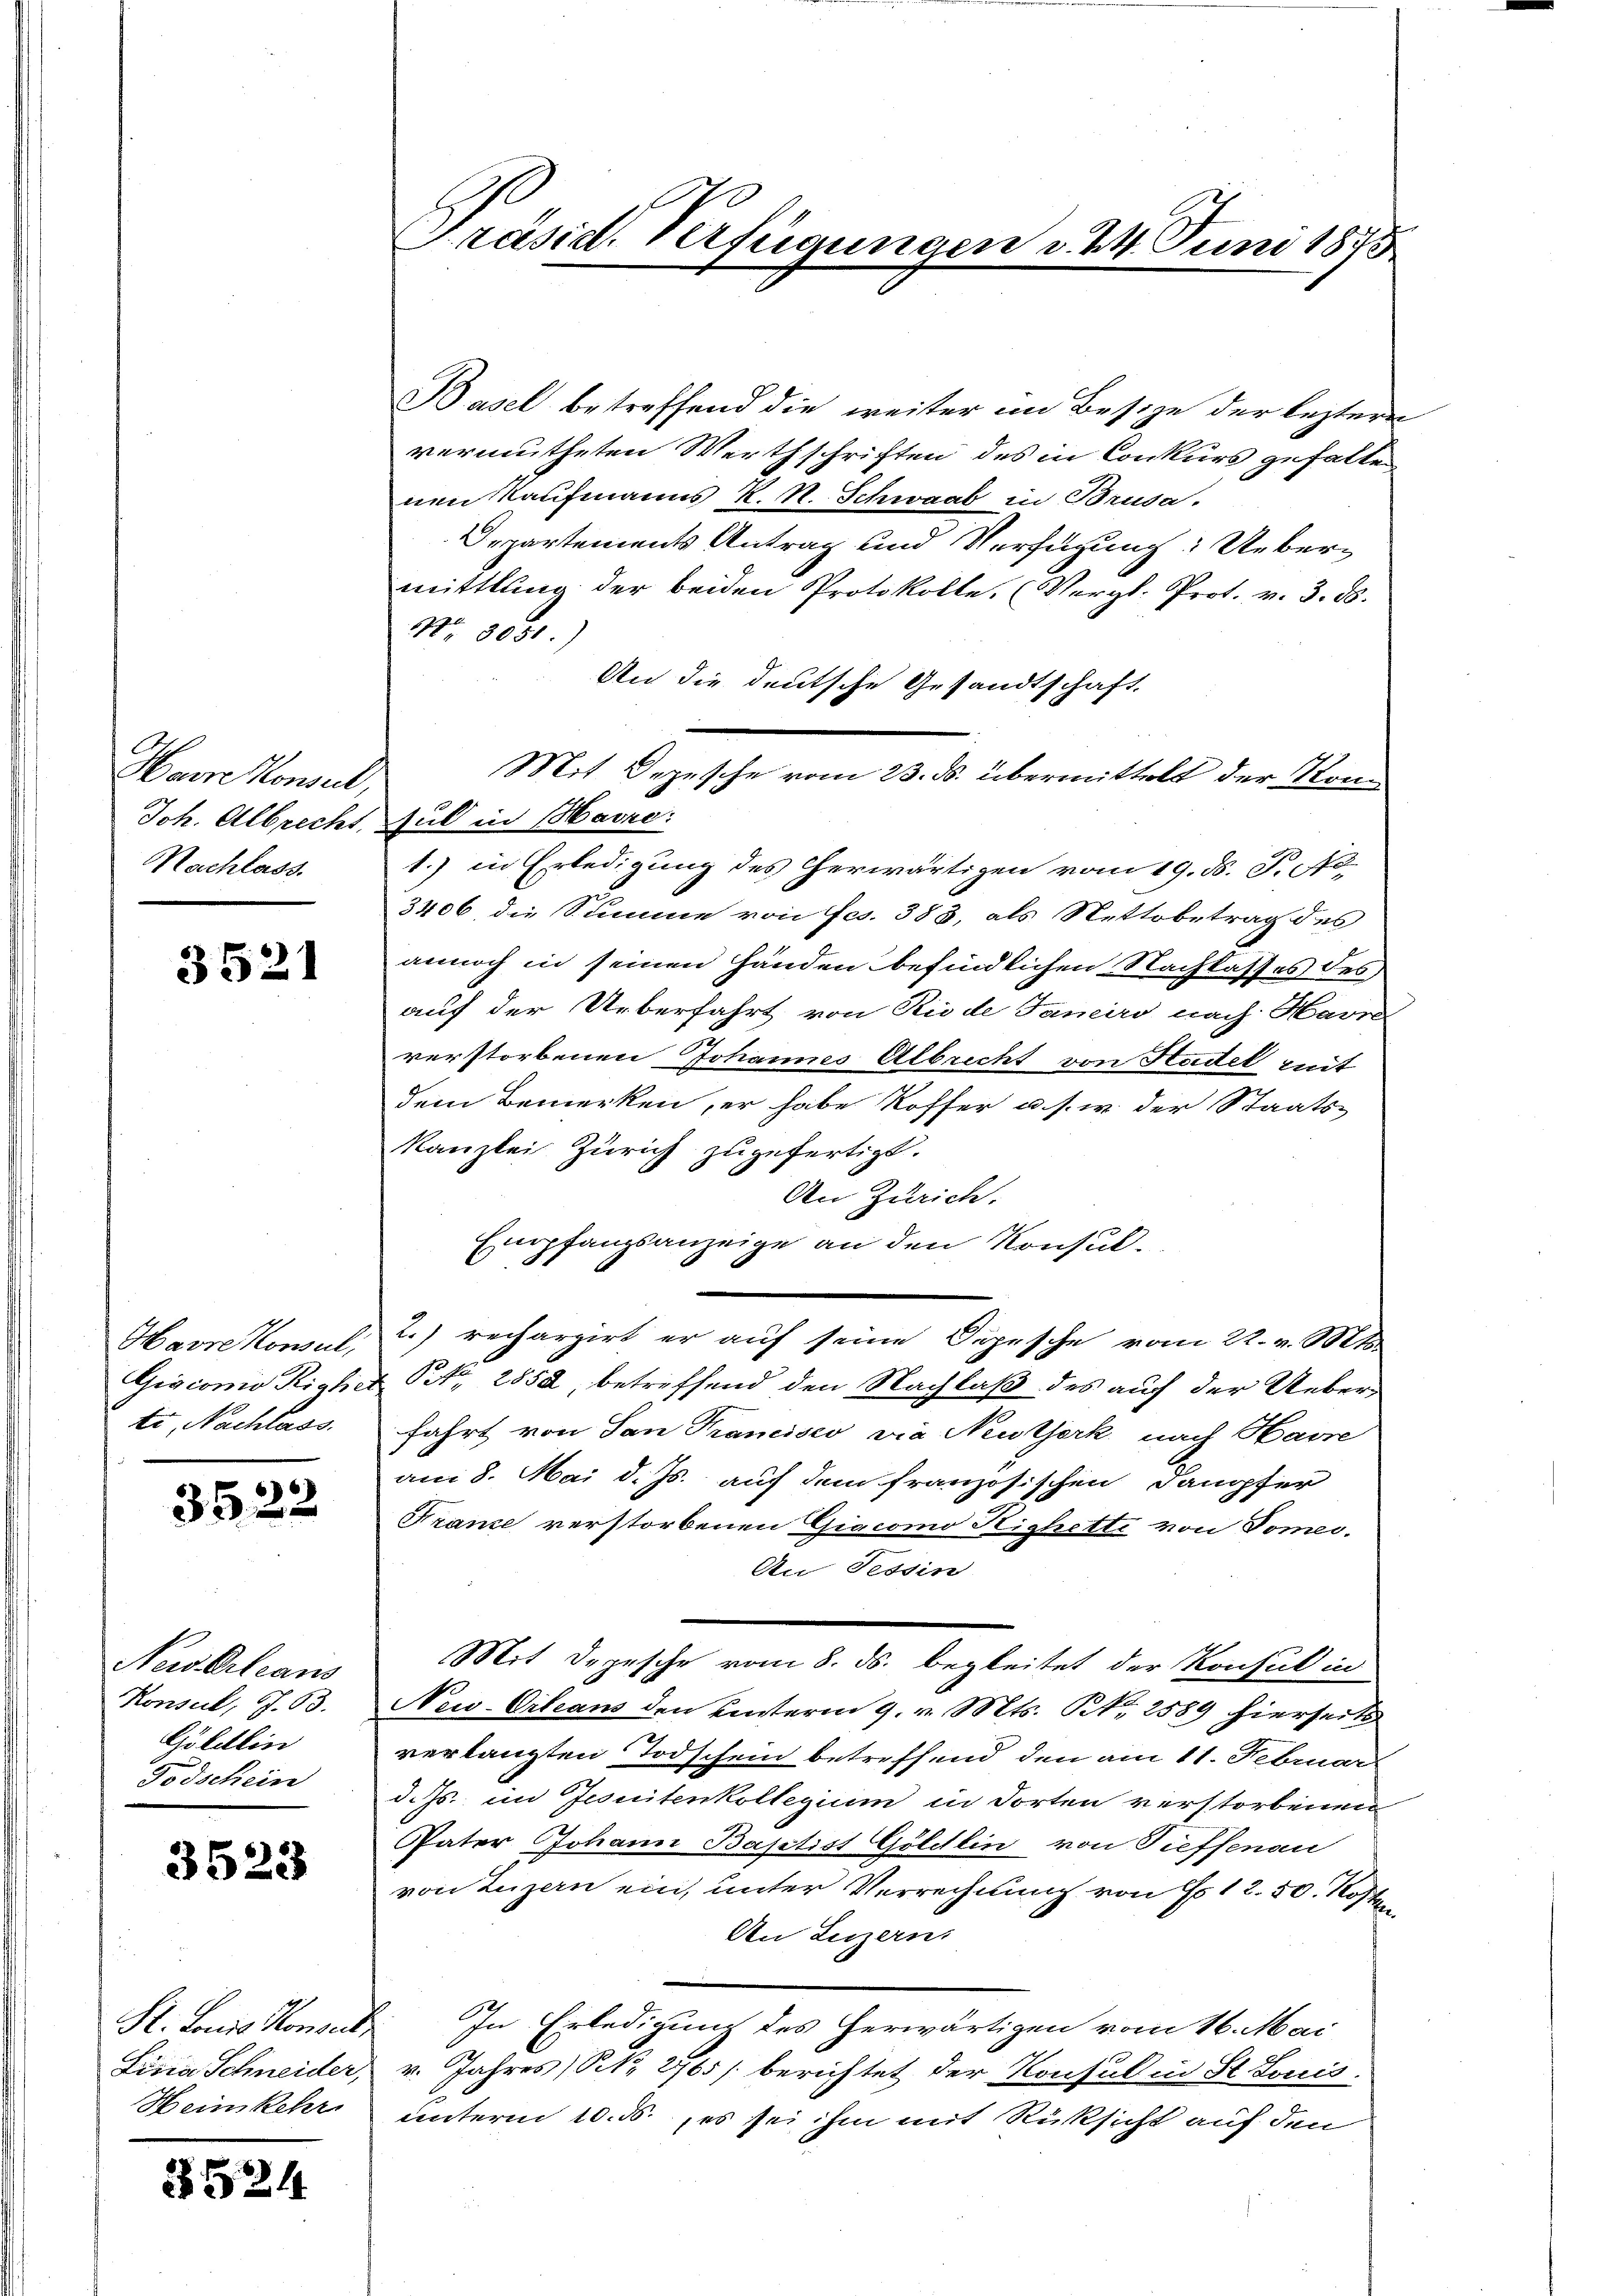
Hain Konsul,
Nachlass.

3521

Havre Konseil,
tr, Nachlass.

3522

NewsOrleans
Konseil, S. 63.
Göldlin
Todschein

3523

Heimkehr

3524

Basel betreffend die weiter im Besize der leztere
vermutheten Werthschriften des in Conkurs gefallen,
nen Kaufmanns K. N. Schwaab in Brusa.
Departements Antrag und Verfügung: Uebermittlung der beiden Protokolle, (Vergl. Prot. v. 3. 58.
Nr. 208.
An die deutsche Gesandtschaft.
Mit Depesche vom 23. ds. übermittelt der Kom
Joh. Albrecht, sul in Havre:
1.) in Erledigung des herwärtigen vom 19. ds. N. 170
3406, die Summe von Fcs. 383, als Nettobetrag des
annoch in seinen Händen befindlichen Nachlasses des
auf der Ueberfahrt von Riede Janeiro nach Harra
verstorbenen Johannes Albrecht von Stadel mit
dem Bemerken, er habe Koffer u. s. w. der Staats-
kanzlei Zürich zugefertigt.
An Zürich.
Empfangsanzeige an den Konsul¬
2.) rechargirt er auf seine Depesche vom 22. v. Mts.
Gisconio Richt Nr. 2858, betreffend den Nachlaß des auch der Ueberfahrt von San Francisco die Neutjerk nach Havre
am 8. Mai d. Js. auf dem französischen Dampfer
France verstorbenen Giacomo Highetti von Tomei.
An Tessin
Mit Depesche vom 8. ds. begleitet der Konsul in
New-Orleans den unterm 9. v. Mts. No 2589 hierseits
verlangten Todschein betreffend den am 11. Februar
d. Js. im Jesuitenkollegium in dorten verstorbenen
Pater Johann Baptist Göldlin von Tieffenau
von Luzern ein, unter Verrechnung von Fr. 12.50. Koste
An Luzerns
St. Louis Konnt. In Erledigung des herwärtigen vom 16. Mai
Lina Schneider, v. Jahres (S. 2765/ berichtet der Konsul in St. Louis.
unterm 10. ds., es sei ihm mit Rücksicht auf den

Präsid. Verfügungen d. 24. Juni 1875